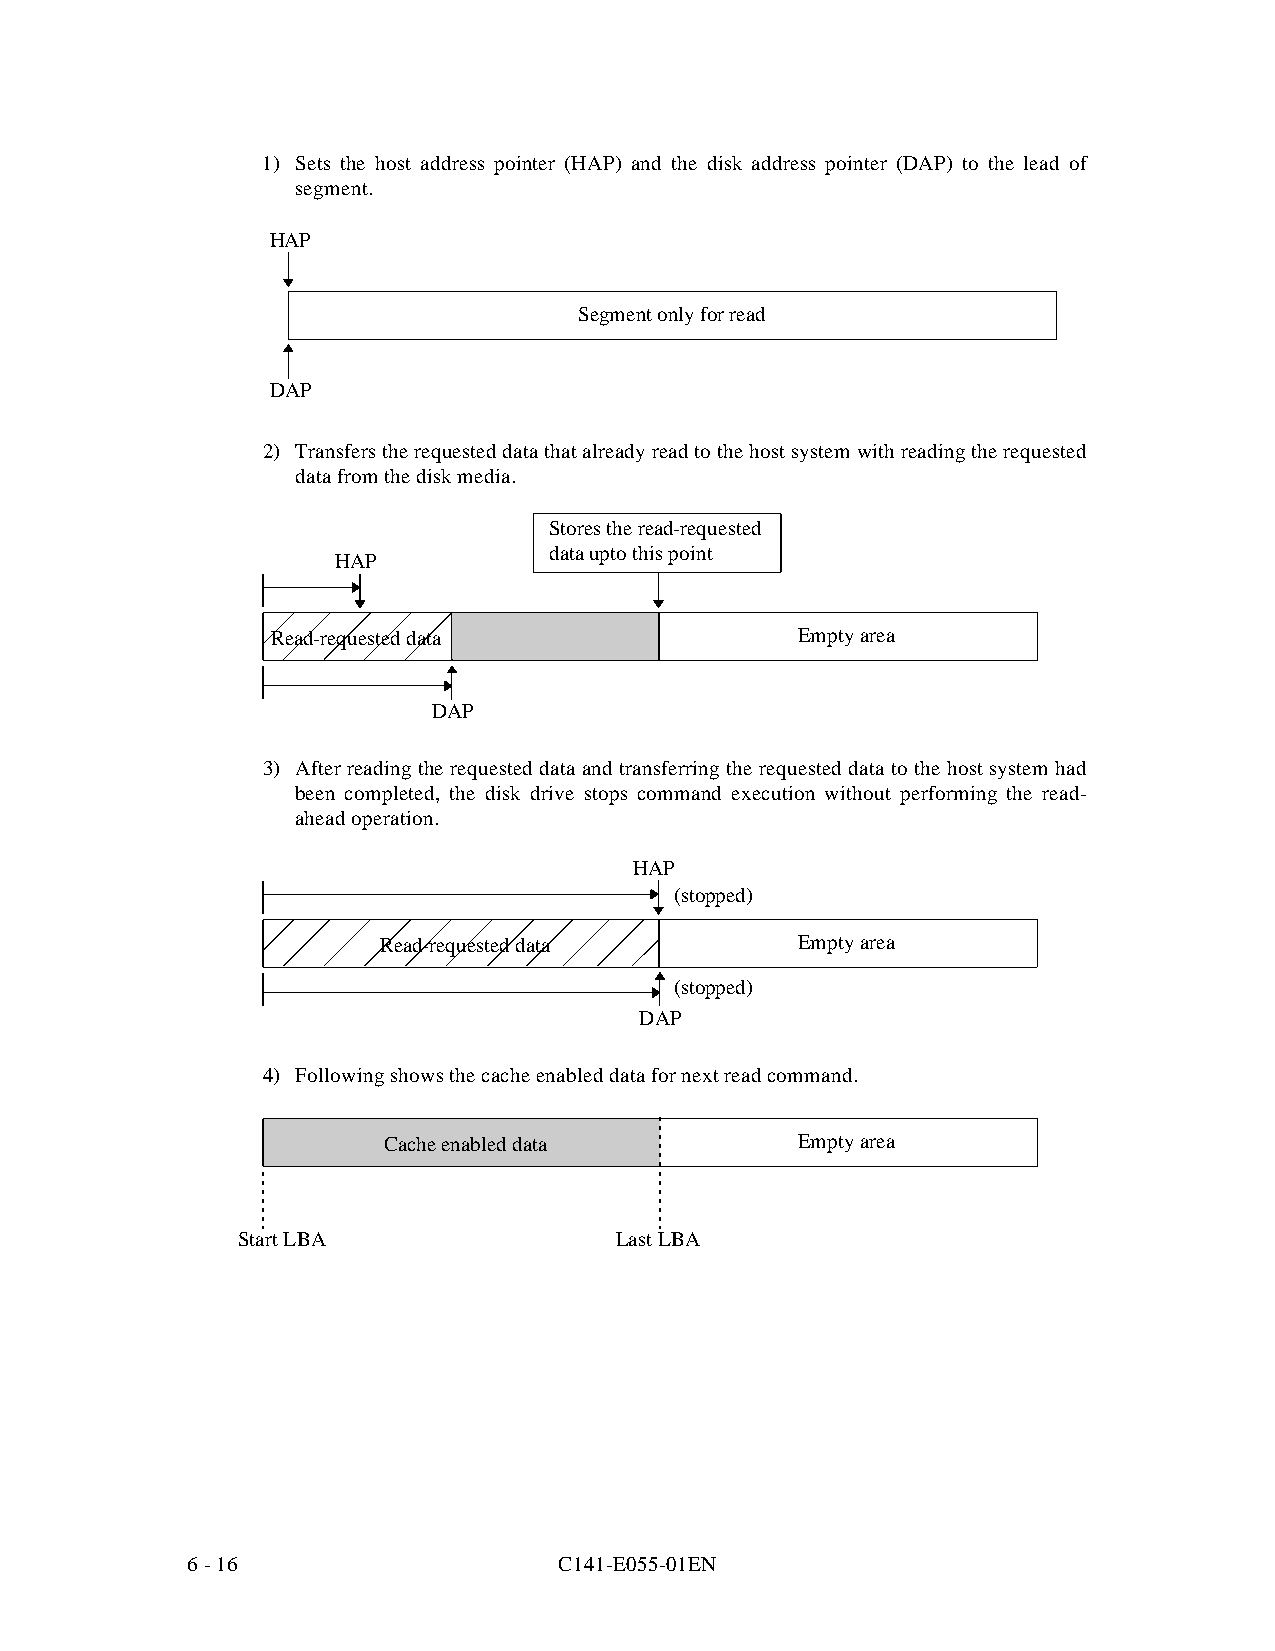
1) Sets the host address pointer (HAP) and the disk address pointer (DAP) to the lead of
 segment.
 HAP
 Segment only for read
 DAP
 2) Transfers the requested data that already read to the host system with reading the requested
 data from the disk media.
 Stores the read-requested
 data upto this point
 HAP
 Read-requested data                Empty area
 DAP
 3) After reading the requested data and transferring the requested data to the host system had
 been completed, the disk drive stops command execution without performing the read-
 ahead operation.
 HAP
 (stopped)
 Read-requested data         Empty area
 (stopped)
 DAP
 4) Following shows the cache enabled data for next read command.
 Cache enabled data          Empty area
 Start LBA                Last LBA
 6 - 16                   C141-E055-01EN